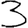
Digit: 3